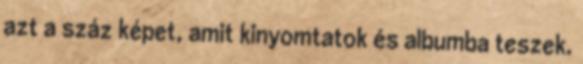
azt a száz képet, amit kinyomtatok és albumba teszek.